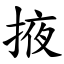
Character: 掖